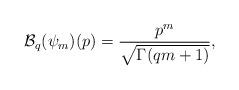
LaTeX: \begin{align*}\mathcal{B}_q(\psi_m)(p)=\displaystyle \frac{p^m}{\sqrt{\Gamma(q m+1)}},\end{align*}